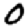
Digit: 0